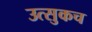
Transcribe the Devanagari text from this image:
उत्सुकच